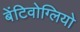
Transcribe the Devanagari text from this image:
बेंटिवोग्लियो